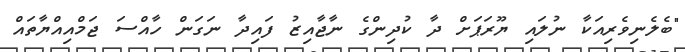
"ބެލެނިވެރިއަކާ ނުލައި ޔޫރަޕަށް ދާ ކުދިންގެ ނާޖާއިޒު ފައިދާ ނަގަން ހާއްސަ ޖަމްއިއްޔާތައް